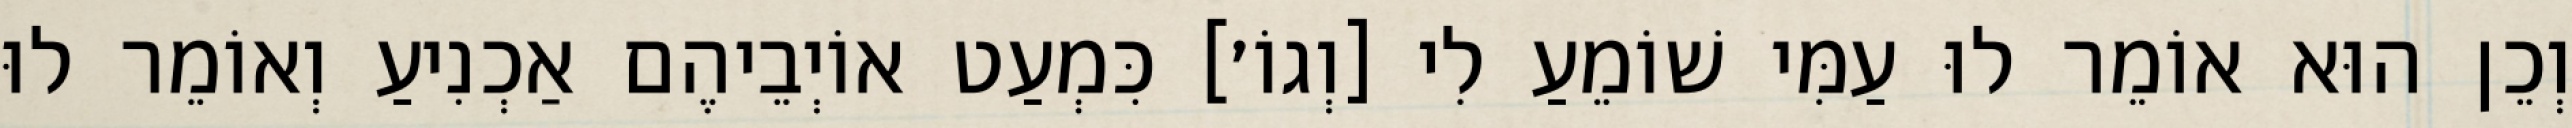
וְכֵן הוּא אוֹמֵר לוּ עַמִּי שׁוֹמֵעַ לִי [וְגוֹ׳] כִּמְעַט אוֹיְבֵיהֶם אַכְנִיעַ וְאוֹמֵר לוּ